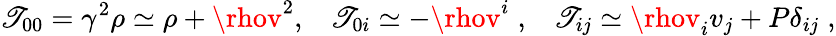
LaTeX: \mathscr{T}_{00}=\gamma^{2}\rho\simeq\rho+\rhov^{2},\; \; \; \mathscr{T}_{0i}\simeq-\rhov^{i}\; ,\; \; \; \mathscr{T}_{ij}\simeq\rhov_{i}v_{j}+P\delta_{ij}\; ,